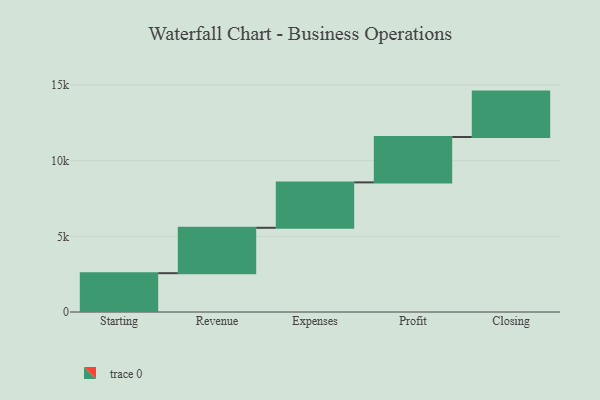
{"axis": {"x": "Step", "y": "Value"}, "legend": [""], "data": [{"x": "Starting", "y": 2565.0, "type": ""}, {"x": "Revenue", "y": 3000, "type": ""}, {"x": "Expenses", "y": 3000, "type": ""}, {"x": "Profit", "y": 3000, "type": ""}, {"x": "Closing", "y": 3000, "type": ""}]}